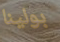
بولينا